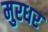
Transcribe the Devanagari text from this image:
मुरधर